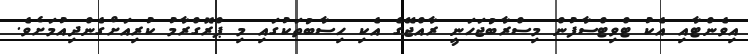
އިވެންޓާއި އެކު ޓްވިޓްސާފުން މިސްރާބުޖަހަނީ ރާއްޖޭގެ އެކި ހިސާބުތަކުގައި މި ޕްރޮގްރާމު ކުރިއަށްގެންދިއުމަށެވެ.